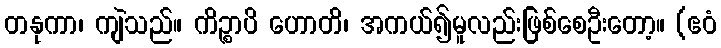
တနုကာ၊ ကျဲသည်။ ကိဉ္စာပိ ဟောတိ၊ အကယ်၍မူလည်းဖြစ်စေဦးတော့။ (ဧဝံ